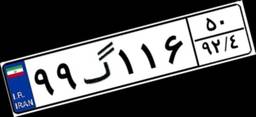
۶۳گ۱۵۶۶۲